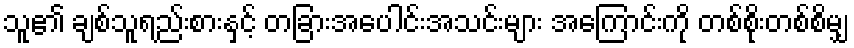
သူ၏ ချစ်သူရည်းစားနှင့် တခြားအပေါင်းအသင်းများ အကြောင်းကို တစ်စိုးတစ်စိမျှ